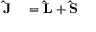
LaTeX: \begin{array} { r l } { \mathbf { \hat { J } } } & { { } = \mathbf { \hat { L } } + \mathbf { \hat { S } } } \end{array}